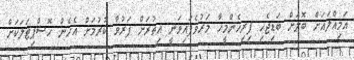
އަމިއްލައަށް ބޮލަށް ބަޑިޖެހި ފިރިހެންމީހާ މަރުވެފައިވަނީ އިތުރަށް ފަރުވާ ކުރުމަށް އެހެން ހޮސްޕިޓަލަކަށް